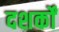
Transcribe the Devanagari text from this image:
दशर्कों